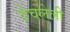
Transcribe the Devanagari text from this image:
ठेचलेली